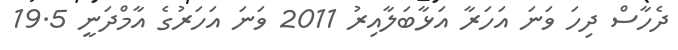
ދެހާސް ދިހަ ވަނަ އަހަރާ އަޅާބަލާއިރު 2011 ވަނަ އަހަރުގެ އާމްދަނީ 19.5